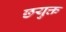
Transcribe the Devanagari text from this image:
छयुक्त